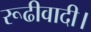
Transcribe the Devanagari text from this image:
रूढीवादी।